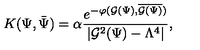
{ K } ( \Psi , \bar { \Psi } ) = \alpha { \frac { e ^ { - \varphi ( { \cal G } ( \Psi ) , \overline { { { \cal G } ( \Psi ) } } ) } } { | { \cal G } ^ { 2 } ( \Psi ) - \Lambda ^ { 4 } | } } ,